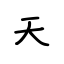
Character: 天